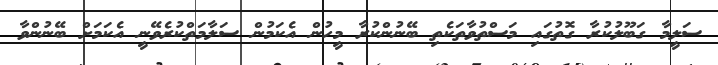
ސަލީމާ ގަބޫލުކުރާ ގޮތުގައި މަސްތުވާތަކެތި ބޭނުންކުރާ މީހުން އެކަމުން ސަލާމަތްކުރެވޭނީ އެކަމަށް ބޭނުންވާ